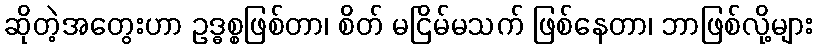
ဆိုတဲ့အတွေးဟာ ဥဒ္ဓစ္စဖြစ်တာ၊ စိတ် မငြိမ်မသက် ဖြစ်နေတာ၊ ဘာဖြစ်လို့များ